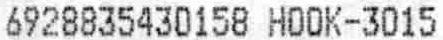
6928835430158 HOOK-3015